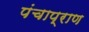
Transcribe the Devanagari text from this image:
पंचाप्राण